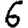
Digit: 6